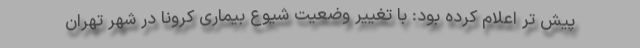
پیش تر اعلام کرده بود: با تغییر وضعیت شیوع بیماری کرونا در شهر تهران